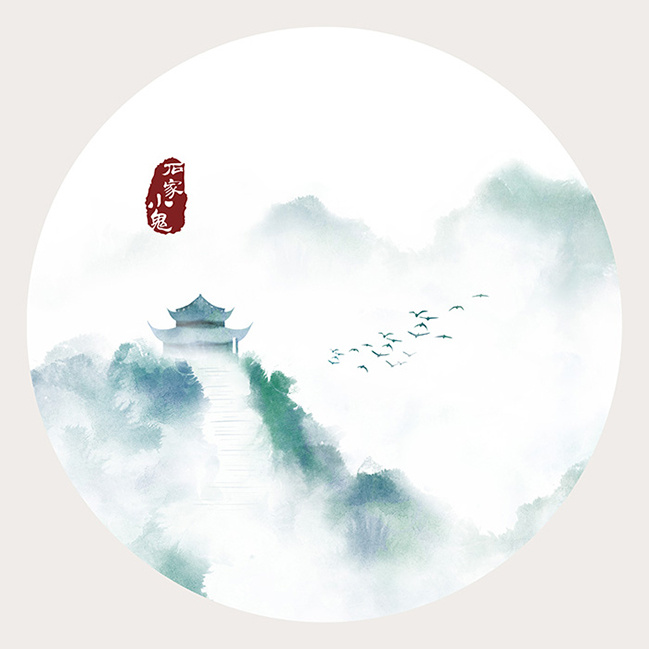
只在此山中，云深不知处。